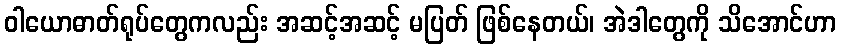
ဝါယောဓာတ်ရုပ်တွေကလည်း အဆင့်အဆင့် မပြတ် ဖြစ်နေတယ်၊ အဲဒါတွေကို သိအောင်ဟာ